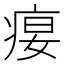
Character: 𰣭